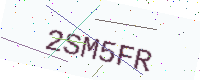
Text: 2SM5FR